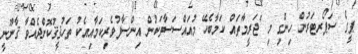
ޕީގެ ސަޕޯރޓަރުން ހިންގި މި 'ޖަރީމާ'ތައް ކަމާބެހޭ މުއައްސަސާތަކުން އިންސާފުވެރިކަމާއިއެކު ތަހުޤީޤުކޮށްދެއްވާ ޤާނޫނީ